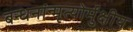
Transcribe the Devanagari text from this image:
बन्धनांन्मृत्योर्मुक्षीय